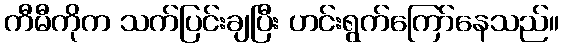
ကီမီကိုက သက်ပြင်းချပြီး ဟင်းရွက်ကြော်နေသည်။